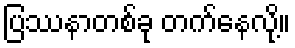
ပြဿနာတစ်ခု တက်နေလို့။